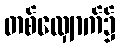
တစ်လျှောက်၌